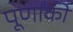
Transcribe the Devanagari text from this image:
पूर्णांकी